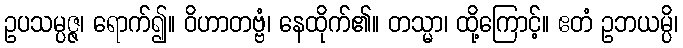
ဥပသမ္ပဇ္ဇ၊ ရောက်၍။ ဝိဟာတဗ္ဗံ၊ နေထိုက်၏။ တသ္မာ၊ ထို့ကြောင့်။ ဧတံ ဥဘယမ္ပိ၊